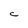
Character: C